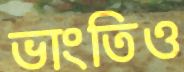
ভাংতিও